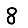
Digit: 8